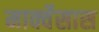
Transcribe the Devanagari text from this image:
मार्क्वेसास